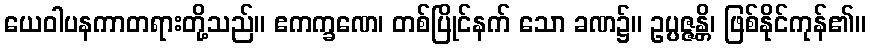
ယေဝါပနကာတရားတို့သည်။ ဧကက္ခဏေ၊ တစ်ပြိုင်နက် သော ခဏ၌။ ဥပ္ပဇ္ဇန္တိ၊ ဖြစ်နိုင်ကုန်၏။